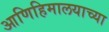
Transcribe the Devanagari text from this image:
आणिहिमालयाच्या